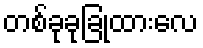
တစ်ခုခုခြုံထားလေ